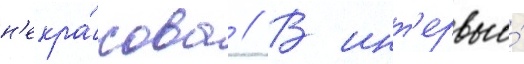
н'екра́сова // В инт'ервью́